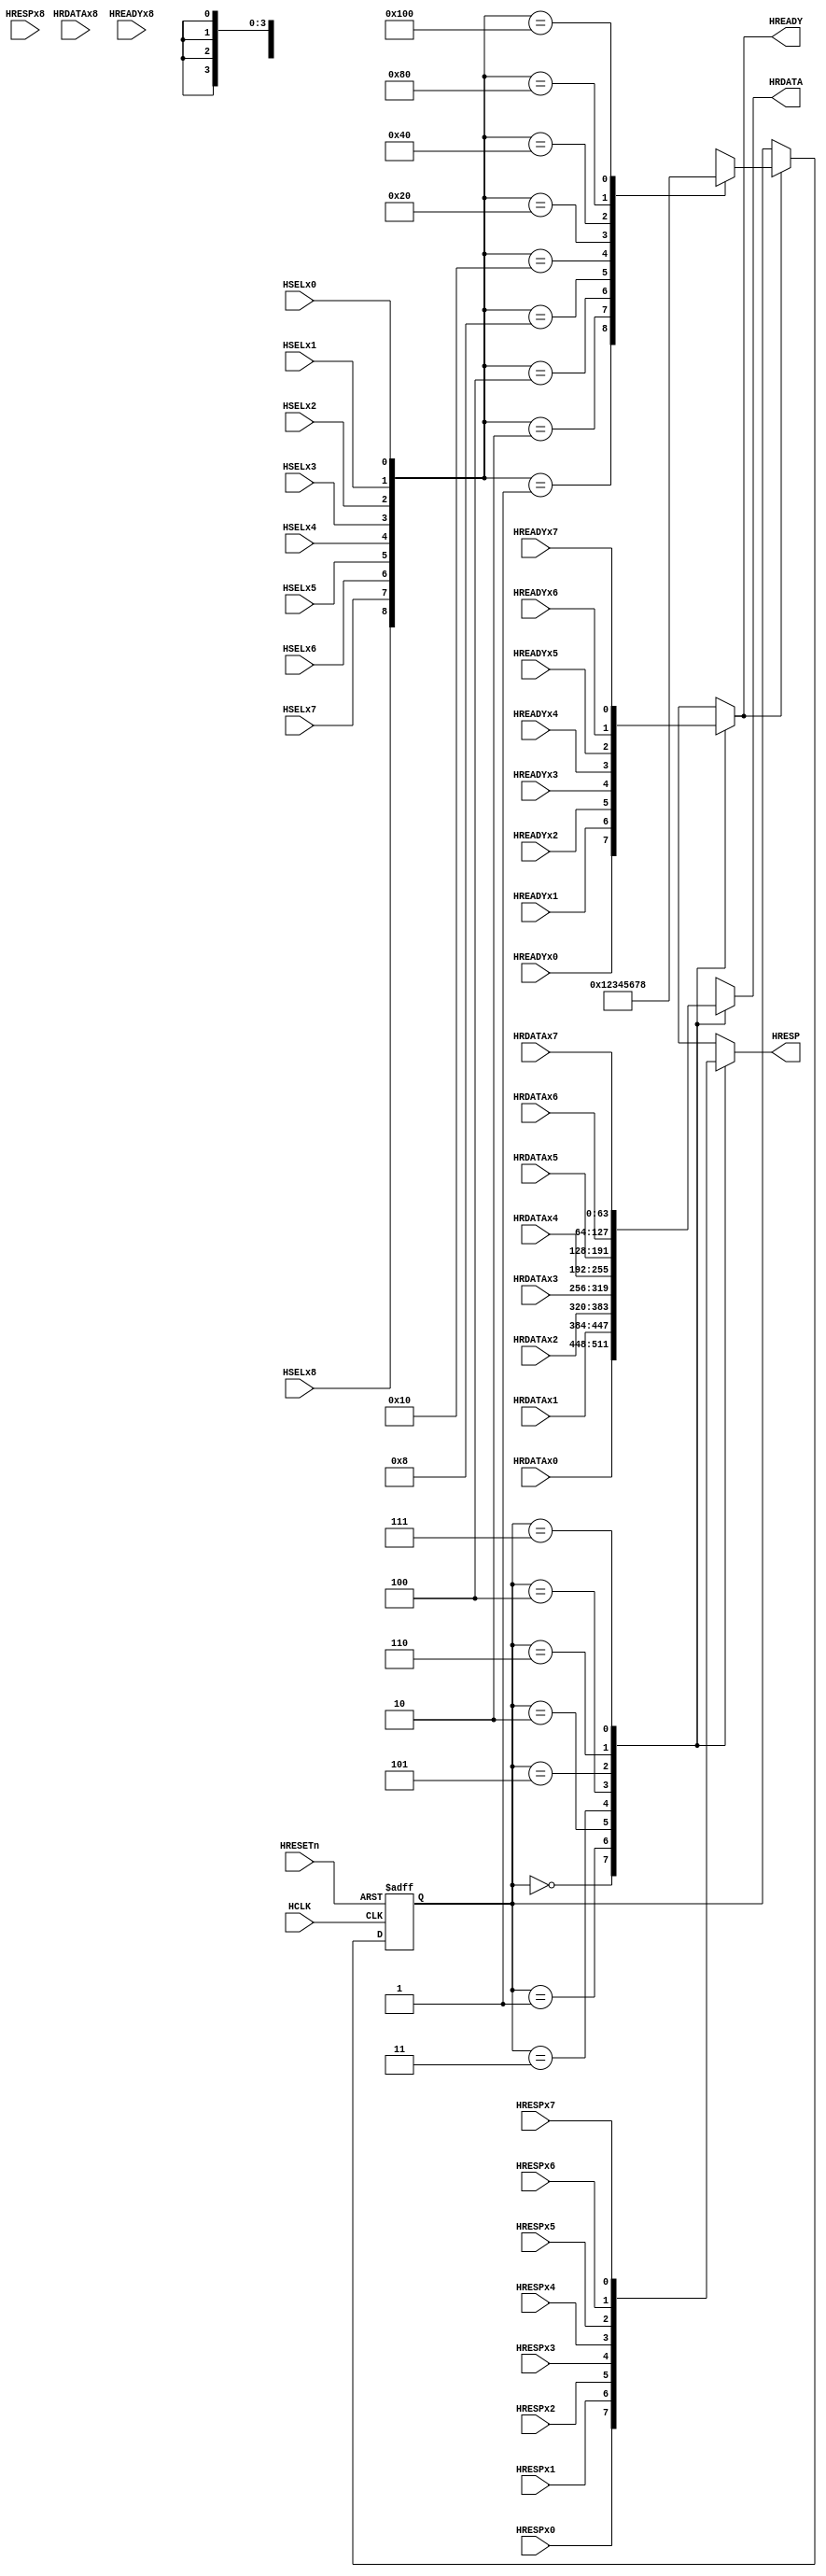
//
//  Module: AHB slave-to-master multiplexer
//  (defined by ARM Design Kit Technical Reference Manual--AHB component)
//  Description:
//  The slave-to-master multiplexor connects the read data and response
//  signals of the system bus slaves to the bus master. It uses the current
//  decoder HSELx outputs to select the bus slave outputs to use. The default
//  configuration is for 7 slaves (including default slave which is slave 0).
//
//  Copyright (C) 2015 Lianghao Yuan

//  This program is free software; you can redistribute it and/or modify
//  it under the terms of the GNU General Public License as published by
//  the Free Software Foundation; either version 2 of the License, or
//  (at your option) any later version.

//  This program is distributed in the hope that it will be useful,
//  but WITHOUT ANY WARRANTY; without even the implied warranty of
//  MERCHANTABILITY or FITNESS FOR A PARTICULAR PURPOSE.  See the
//  GNU General Public License for more details.

//  You should have received a copy of the GNU General Public License along
//  with this program; if not, write to the Free Software Foundation, Inc.,
//  51 Franklin St
//
`ifndef AHB_MUX_S2M_V
`define AHB_MUX_S2M_V

//`include "ahb_defines.v"

module ahb_mux_s2m
(
  // -------------
  // Input pins //
  // -------------
  // Clock and reset
  input HCLK,
  input HRESETn,
  // Slave datas
  input [63:0] HRDATAx0,
  input [63:0] HRDATAx1,
  input [63:0] HRDATAx2,
  input [63:0] HRDATAx3,
  input [63:0] HRDATAx4,
  input [63:0] HRDATAx5,
  input [63:0] HRDATAx6,
  input [63:0] HRDATAx7,
  input [63:0] HRDATAx8,
  // Control signals
  input HSELx0,
  input HSELx1,
  input HSELx2,
  input HSELx3,
  input HSELx4,
  input HSELx5,
  input HSELx6,
  input HSELx7,
  input HSELx8,
  // Slave responses
  input HREADYx0,
  input HREADYx1,
  input HREADYx2,
  input HREADYx3,
  input HREADYx4,
  input HREADYx5,
  input HREADYx6,
  input HREADYx7,
  input HREADYx8,

  input HRESPx0,
  input HRESPx1,
  input HRESPx2,
  input HRESPx3,
  input HRESPx4,
  input HRESPx5,
  input HRESPx6,
  input HRESPx7,
  input HRESPx8,  
  // --------------
  // Output pins //
  // --------------
  output reg HREADY,
  output reg HRESP,
  output reg [63:0] HRDATA
);
// Slave select register
reg [3:0] slave_select;
// Slave select register update
always @ (posedge HCLK or negedge HRESETn) begin
  if(!HRESETn) begin
    slave_select <= 4'b0;
  end
  else begin
    // If HREADY is high, update slave_select
    if(HREADY) begin
      case({HSELx8,HSELx7, HSELx6, HSELx5, HSELx4, HSELx3, HSELx2, HSELx1, HSELx0})
        9'h001: slave_select <= 4'h0;
        9'h002: slave_select <= 4'h1;
        9'h004: slave_select <= 4'h2;
        9'h008: slave_select <= 4'h3;
        9'h010: slave_select <= 4'h4;
        9'h020: slave_select <= 4'h5;
		    9'h040: slave_select <= 4'h6;
        9'h080: slave_select <= 4'h7;
        9'h100: slave_select <= 4'h8;
        // Default is for default slave
        default: slave_select <= 4'hx;
      endcase
    end
  end
end

// Read data multiplexor
always @ (*) begin
  case(slave_select)
    4'h0: HRDATA = HRDATAx0;
    4'h1: HRDATA = HRDATAx1;
    4'h2: HRDATA = HRDATAx2;
    4'h3: HRDATA = HRDATAx3;
    4'h4: HRDATA = HRDATAx4;
    4'h5: HRDATA = HRDATAx5;
    4'h6: HRDATA = HRDATAx6;
	  4'h7: HRDATA = HRDATAx7;
    default: HRDATA = 64'hx;
  endcase
end

// Response multiplexor
always @ (*) begin
  case(slave_select)
    4'h0: begin
      HRESP = HRESPx0;
      HREADY = HREADYx0;
      end
    4'h1: begin
      HRESP = HRESPx1;
      HREADY = HREADYx1;
    end
    4'h2: begin
      HRESP = HRESPx2;
      HREADY = HREADYx2;
    end
    4'h3: begin
      HRESP = HRESPx3;
      HREADY = HREADYx3;
    end
    4'h4: begin
      HRESP = HRESPx4;
      HREADY = HREADYx4;
    end
    4'h5: begin
      HRESP = HRESPx5;
      HREADY = HREADYx5;
    end
    4'h6: begin
      HRESP = HRESPx6;
      HREADY = HREADYx6;
    end
	4'h7: begin
      HRESP = HRESPx7;
      HREADY = HREADYx7;
    end
    default: begin
      HRESP = 1'bx;
      HREADY = 1'bx;
    end
  endcase
end

endmodule

`endif // AHB_MUX_S2M_V